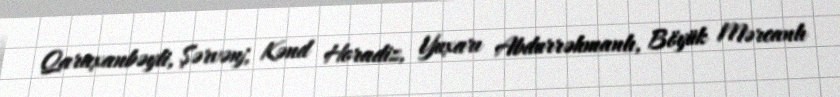
Qaraxanbəyli, Şərvənj, Kənd Horadiz, Yuxarı Abdurrəhmanlı, Böyük Mərcanlı